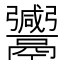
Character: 𱆒